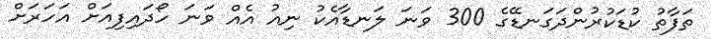
ތަފާތު ކުޑަކުރުންދަގަނޑޭގެ 300 ވަނަ ލަނޑާއެކު ނިއު އެއް ވަނަ ހޯދައިފިއަށް އަހަރަށް